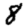
Digit: 8